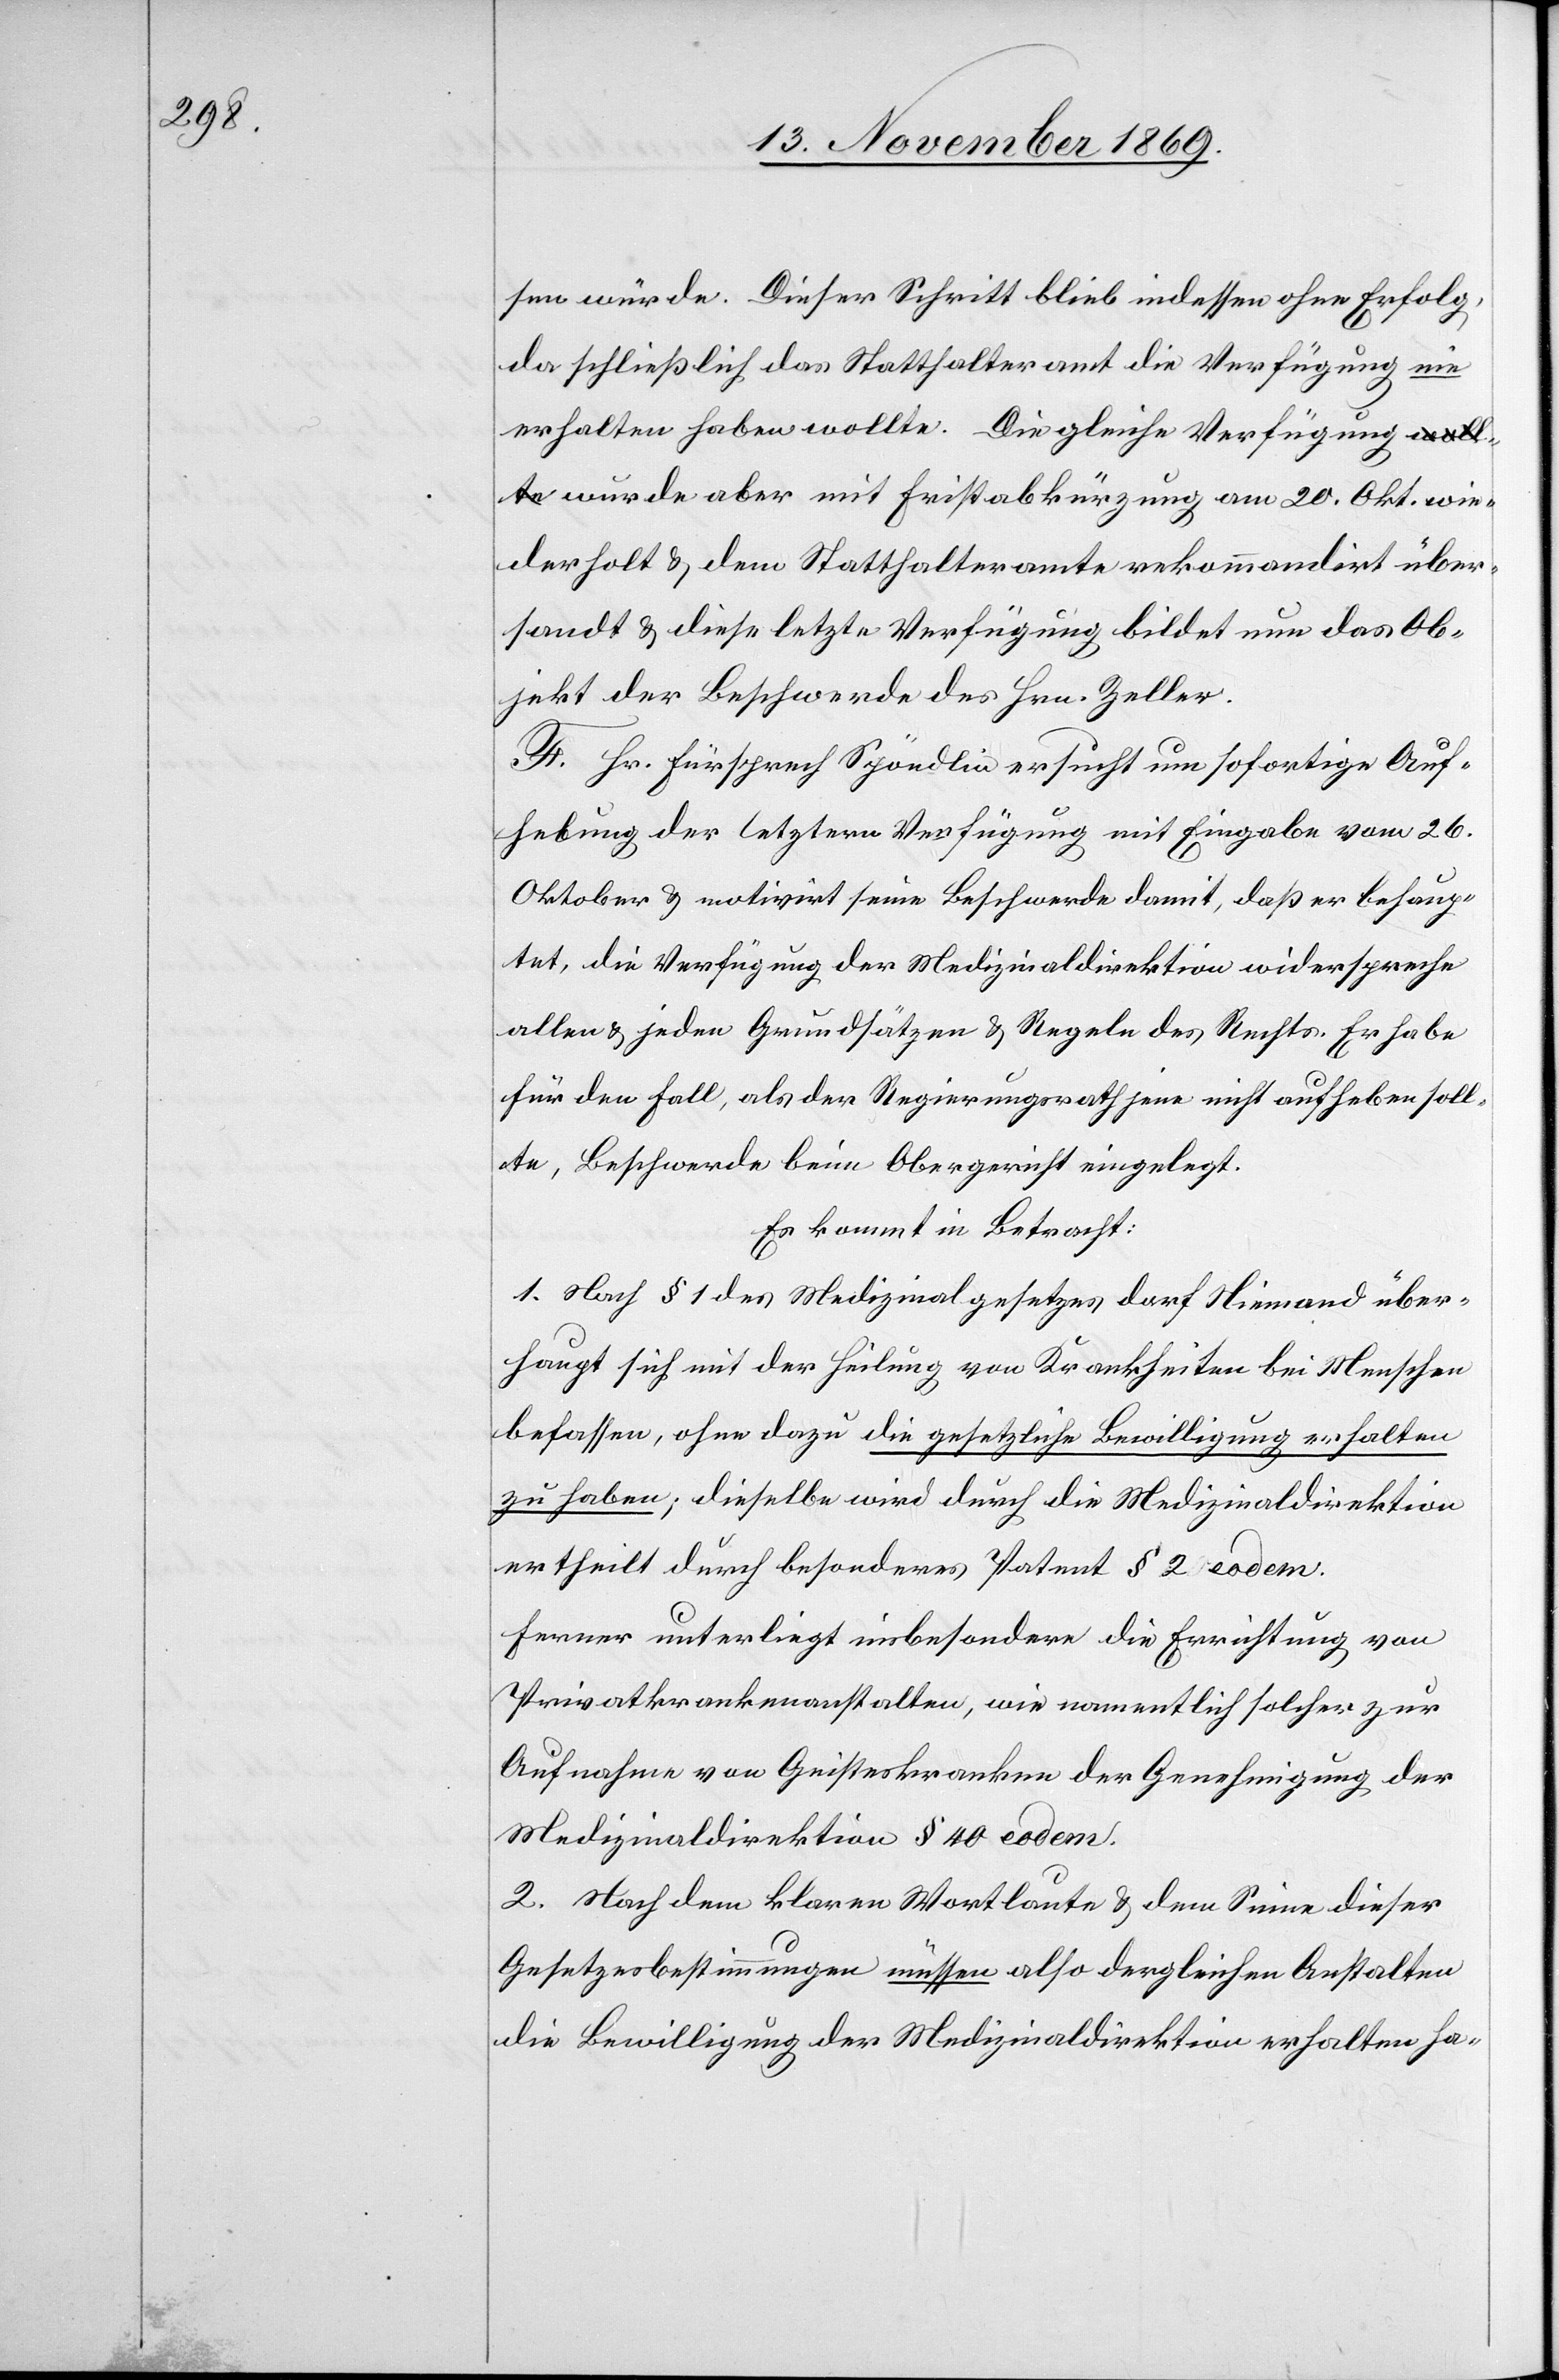
sen würde. Dieser Schritt blieb indessen ohne Erfolg,
da schließlich das Statthalteramt die Verfügung nie
erhalten haben wollte. Die gleiche Verfügung
wurde aber mit Fristabkürzung am 20. Okt. wie¬
derholt & dem Statthalteramte rekommandirt über¬
sandt & diese letzte Verfügung bildet nun das Ob¬
jekt der Beschwerde des Hrn. Zeller.
F. Hr. Fürsprech Spöndlin ersucht um sofortige Auf¬
hebung der letztern Verfügung mit Eingabe vom 26.
Oktober & motivirt seine Beschwerde damit, daß er behaup¬
tet, die Verfügung der Medizinaldirektion widerspreche
allen & jeden Grundsätzen & Regeln des Rechts. Er habe
für den Fall als der Regierungsrath jene nicht aufheben soll¬
te, Beschwerde beim Obergericht eingelegt.
Es kommt in Betracht:
1. Nach § 1 des Medizinalgesetzes darf Niemand über¬
haupt sich mit der Heilung von Krankheiten bei Menschen
befassen, ohne dazu die gesetzliche Bewilligung erhalten
zu haben; dieselbe wird durch die Medizinaldirektion
ertheilt durch besonderes Patent § 2 eodem.
Ferner unterliegt insbesondere die Errichtung von
Privatkrankenanstalten, wie namentlich solcher zur
Aufnahme von Geisteskranken der Genehmigung der
Medizinaldirektion § 40 eodem.
2. Nach dem klaren Wortlaute & dem Sinne dieser
Gesetzesbestimmungen müssen also dergleichen Anstalten
die Bewilligung der Medizinaldirektion erhalten ha-